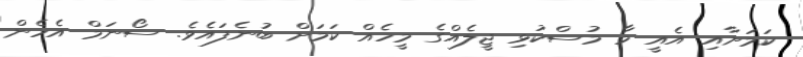
ކަމަށާއި އެއީ މާ މުސްކުޅި ޖީލެއްގެ މީހެއް ކަމަށް ބުނެފައެވެ. ސޯނަމް އެހެން